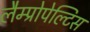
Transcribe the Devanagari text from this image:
लैम्प्रोपेल्टिस